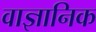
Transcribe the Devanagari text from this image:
वाज्ञानिक